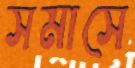
সমাসে